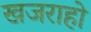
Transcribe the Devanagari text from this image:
खजराहो